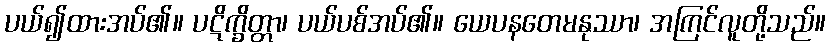
ပယ်၍ထားအပ်၏။ ပဋိက္ခိတ္တာ၊ ပယ်ပစ်အပ်၏။ ယေပနတေမနုဿာ၊ အကြင်လူတို့သည်။